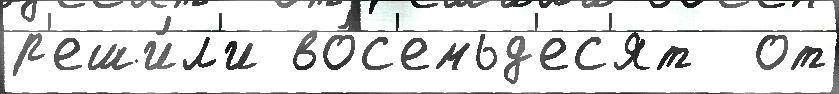
р'еши́л'и во́с'емьд'ес'ят  от